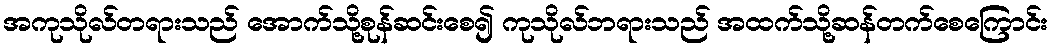
အကုသိုလ်တရားသည် အောက်သို့စုန်ဆင်းစေ၍ ကုသိုလ်ဘရားသည် အထက်သို့ဆန်တက်စေကြောင်း